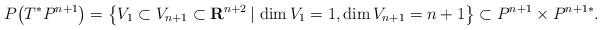
LaTeX: \begin{gather*}P\big(T^*P^{n+1}\big) = \big\{ V_1 \subset V_{n+1} \subset {\mathbf{R}}^{n+2} \,|\,\dim V_1 = 1, \dim V_{n+1} = n + 1 \big\} \subset P^{n+1}\times P^{n+1*}.\end{gather*}